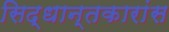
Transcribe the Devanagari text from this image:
सिद्धान्तकारांस